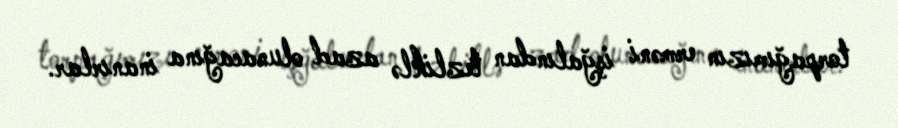
torpağımızın erməni işğalından tezliklə azad olunacağına inanırlar.